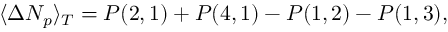
\langle \Delta N _ { p } \rangle _ { T } = P ( 2 , 1 ) + P ( 4 , 1 ) - P ( 1 , 2 ) - P ( 1 , 3 ) ,